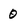
Character: 0